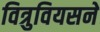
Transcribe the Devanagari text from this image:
वित्रुवियसने